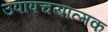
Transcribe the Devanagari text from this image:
उपापचयात्मक